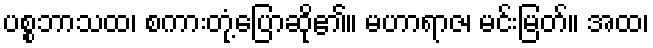
ပစ္စဘာသထ၊ စကားတုံ့ပြောဆို၏။ မဟာရာဇ၊ မင်းမြတ်။ အထ၊